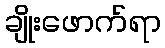
ချိုးဖောက်ရာ